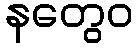
နတွေဝ